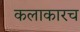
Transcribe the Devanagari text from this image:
कलाकारच